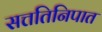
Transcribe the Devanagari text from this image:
सत्ततिनिपात